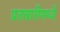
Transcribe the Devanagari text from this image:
प्रतवारीमध्ये